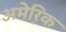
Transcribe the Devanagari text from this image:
अमेरि़क